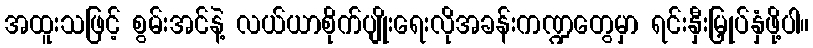
အထူးသဖြင့် စွမ်းအင်နဲ့ လယ်ယာစိုက်ပျိုးရေးလိုအခန်းကဏ္ဍတွေမှာ ရင်းနှီးမြှုပ်နှံဖို့ပါ။